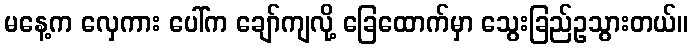
မနေ့က လှေကား ပေါ်က ချော်ကျလို့ ခြေထောက်မှာ သွေးခြည်ဥသွားတယ်။